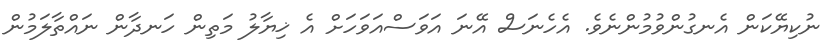
ނުކިޔޭކަން އެނގުންވުމުންނެވެ. އެހެނަސް އޭނަ އަވަސްއަވަހަށް އެ ޚިޔާލު މަތިން ހަނދާން ނައްތާލަމުން